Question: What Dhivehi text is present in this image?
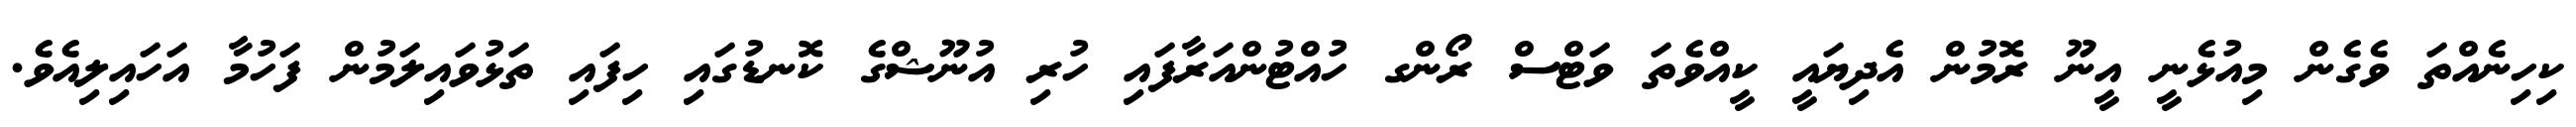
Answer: ކިހިނެއްތަ ވެގެން މިއުޅެނީ އީނޫ ރޮމުން އެދިޔައީ ކީއްވެތަ ވަޓްސް ރޯންގ ހުއްޓުންއަރާފައި ހުރި އުނޫޝްގެ ކޮނޑުގައި ހިފައި ތަޅުވައިލަމުން ފަހުމާ އަހައިލިއެވެ.